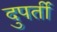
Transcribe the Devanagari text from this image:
दुपर्ती